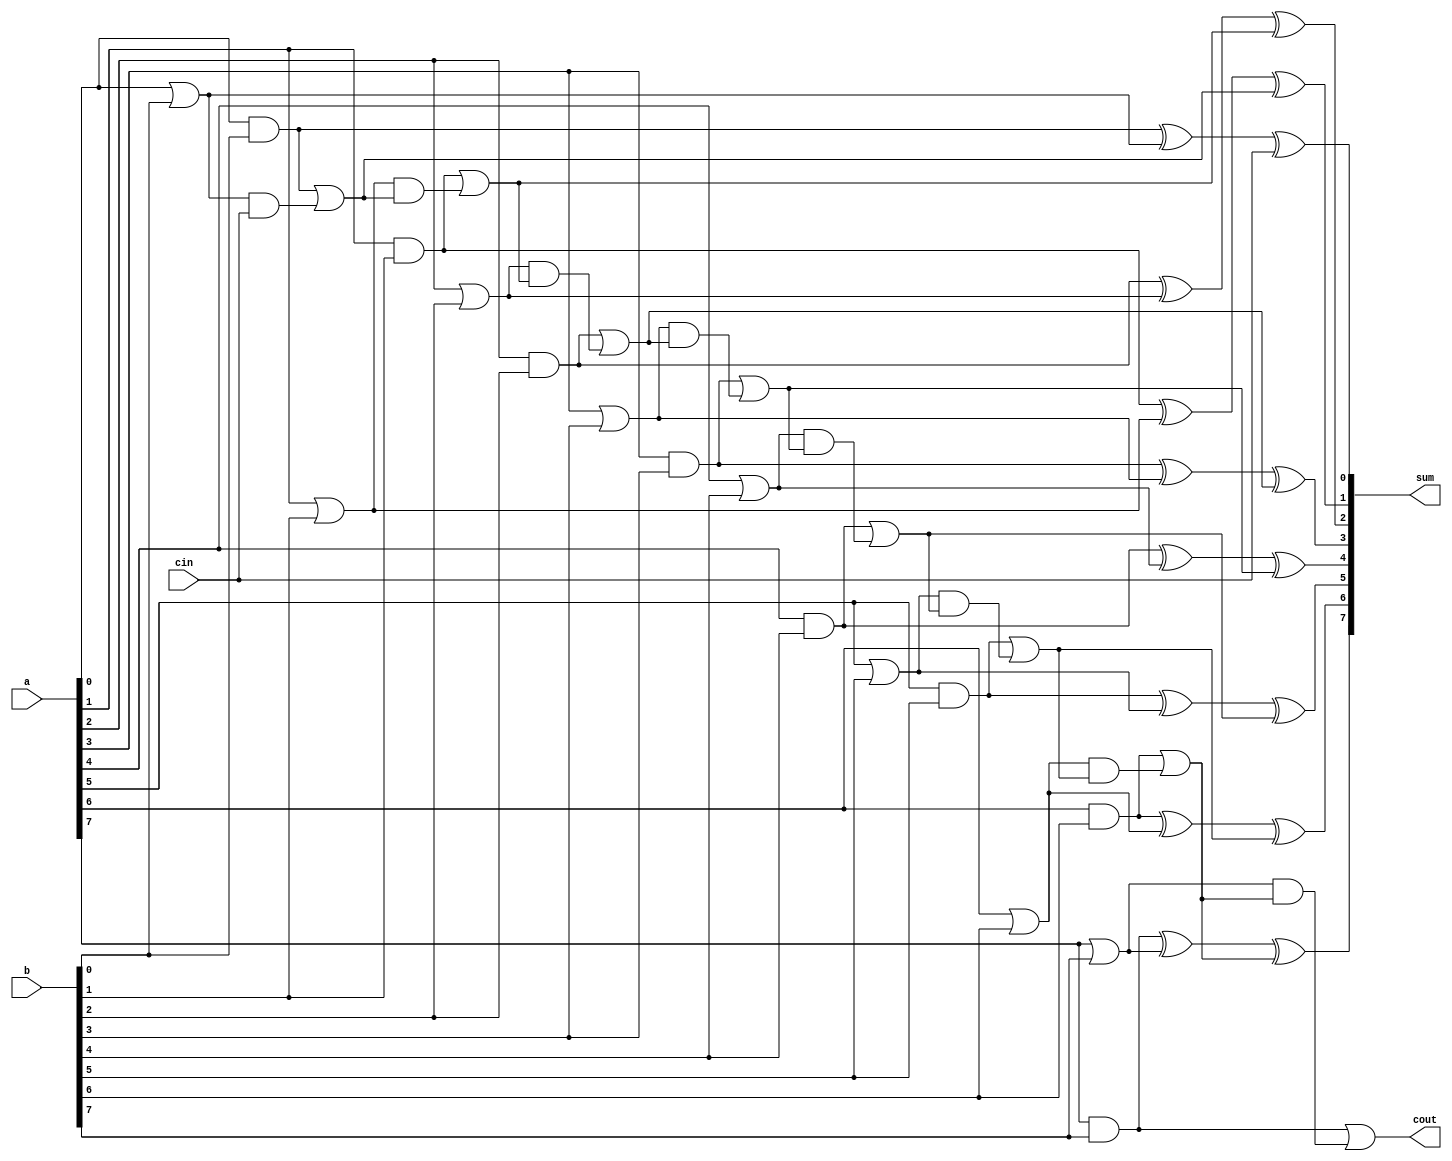
// 8  - Carry Look Ahead)
module add8_CLA(sum,cout,a,b,cin);
    output [7:0] sum;
    output cout;
    input [7:0] a,b;
    input cin;
    wire [7:0] G,P;
    wire [7:0] C;

    // 0
    assign G[0] = a[0] & b[0];
    assign P[0] = a[0] | b[0];
    assign C[0] = cin;
    assign sum[0] = G[0] ^ P[0] ^ C[0];

    // 1
    assign G[1] = a[1] & b[1];
    assign P[1] = a[1] | b[1];
    assign C[1] = G[0] | (P[0] & cin);
    assign sum[1] = G[1] ^ P[1] ^ C[1];

    // 2
    assign G[2] = a[2] & b[2];
    assign P[2] = a[2] | b[2];
    assign C[2] = G[1] | (P[1] & C[1]);
    assign sum[2] = G[2] ^ P[2] ^ C[2];

    // 3
    assign G[3] = a[3] & b[3];
    assign P[3] = a[3] | b[3];
    assign C[3] = G[2] | (P[2] & C[2]);
    assign sum[3] = G[3] ^ P[3] ^ C[3];

    // 4
    assign G[4] = a[4] & b[4];
    assign P[4] = a[4] | b[4];
    assign C[4] = G[3] | (P[3] & C[3]);
    assign sum[4] = G[4] ^ P[4] ^ C[4];

    // 5
    assign G[5] = a[5] & b[5];
    assign P[5] = a[5] | b[5];
    assign C[5] = G[4] | (P[4] & C[4]);
    assign sum[5] = G[5] ^ P[5] ^ C[5];

    // 6
    assign G[6] = a[6] & b[6];
    assign P[6] = a[6] | b[6];
    assign C[6] = G[5] | (P[5] & C[5]);
    assign sum[6] = G[6] ^ P[6] ^ C[6];

    // 7
    assign G[7] = a[7] & b[7];
    assign P[7] = a[7] | b[7];
    assign C[7] = G[6] | (P[6] & C[6]);
    assign sum[7] = G[7] ^ P[7] ^ C[7];

    // 
    assign cout = G[7] | (P[7] & C[7]);

endmodule